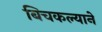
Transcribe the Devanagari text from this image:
बिचकल्याने